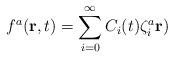
LaTeX: \begin{align*} f^a ({\bf r}, t)=\sum\limits_{i=0}^{\infty}C_i(t)\zeta^a_i{\bf r})\end{align*}